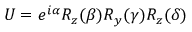
U = e ^ { i \alpha } R _ { z } ( \beta ) R _ { y } ( \gamma ) R _ { z } ( \delta )